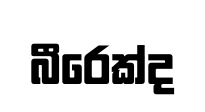
බීරෙක්ද